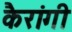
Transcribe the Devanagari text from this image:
कैरांगी